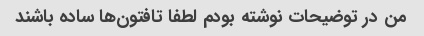
من در توضیحات نوشته بودم لطفا تافتون‌ها ساده باشند